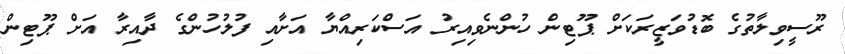
ރޫސީވިލާތުގެ ބޮޑުވަޒީރަކަށް ޕޫޓިން ހުންނެވިއިރު އަސްކަރިއްޔާ އަށާއި ފުލުހުންގެ ދާއިރާ އަށް ޕޫޓިން